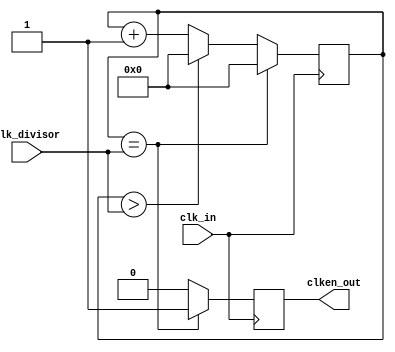
module ClockDivider #(parameter DIVISOR_WIDTH=32)
					 (clk_in, clken_out, clk_divisor);
	input						clk_in;
	output reg 					clken_out;
	input	[DIVISOR_WIDTH-1:0] clk_divisor;
	reg 	[DIVISOR_WIDTH-1:0]	clk_accumulator;
	
	initial begin
		clk_accumulator <= 1'b0;
	end
	
	always @(negedge clk_in) begin
		clk_accumulator <= clk_accumulator + 1'b1;
		// reset accum back to zero if accum > divis
		// this avoids really long delays as we wrap around during a divisor change
		if(clk_accumulator > clk_divisor) clk_accumulator <= 1'b0;
		if(clk_accumulator == clk_divisor) begin
			clken_out <= 1'b1;
			clk_accumulator <= 1'b0;
		end else begin
			clken_out <= 1'b0;
		end
	end
endmodule